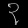
Digit: ၃